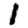
Digit: 1